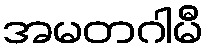
အမတဂါမီ